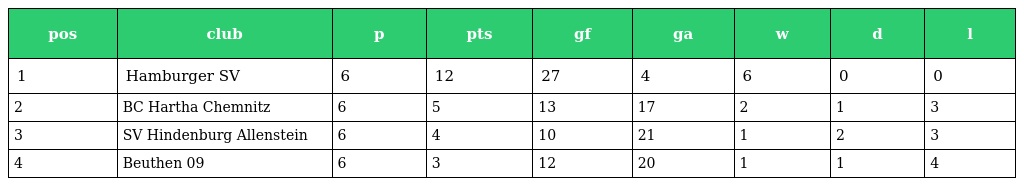
| pos | club | p | pts | gf | ga | w | d | l |
 | --- | --- | --- | --- | --- | --- | --- | --- | --- |
 | 1 | Hamburger SV | 6 | 12 | 27 | 4 | 6 | 0 | 0 |
 | 2 | BC Hartha Chemnitz | 6 | 5 | 13 | 17 | 2 | 1 | 3 |
 | 3 | SV Hindenburg Allenstein | 6 | 4 | 10 | 21 | 1 | 2 | 3 |
 | 4 | Beuthen 09 | 6 | 3 | 12 | 20 | 1 | 1 | 4 |